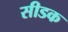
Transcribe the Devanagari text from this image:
सीडक